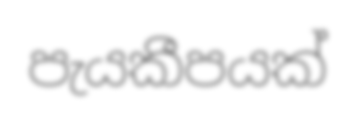
පැයකීපයක්